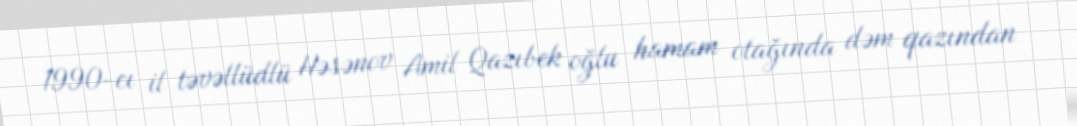
1990-cı il təvəllüdlü Həsənov Amil Qazıbek oğlu hamam otağında dəm qazından